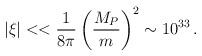
LaTeX: \begin{align*}|\xi |<<\frac{1}{8\pi }\left( \frac{M_{P}}{m}\right) ^{2}\sim 10^{33}\,.\end{align*}